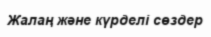
Жалаң және күрделі сөздер